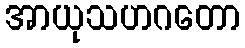
အာယုသဟဂတော